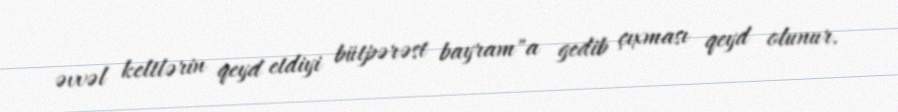
əvvəl keltlərin qeyd etdiyi bütpərəst bayram"a gedib çıxması qeyd olunur.